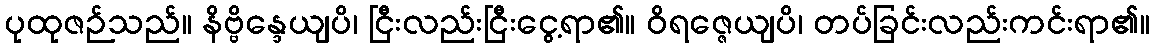
ပုထုဇဉ်သည်။ နိဗ္ဗိန္ဒေယျပိ၊ ငြီးလည်းငြီးငွေ့ရာ၏။ ဝိရဇ္ဇေယျပိ၊ တပ်ခြင်းလည်းကင်းရာ၏။